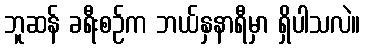
ဘူဆန် ခရီးစဉ်က ဘယ်နှနာရီမှာ ရှိပါသလဲ။